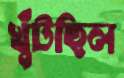
খুঁটছিল